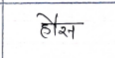
मजकूर: हौस